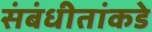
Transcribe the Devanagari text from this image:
संबंधीतांकडे